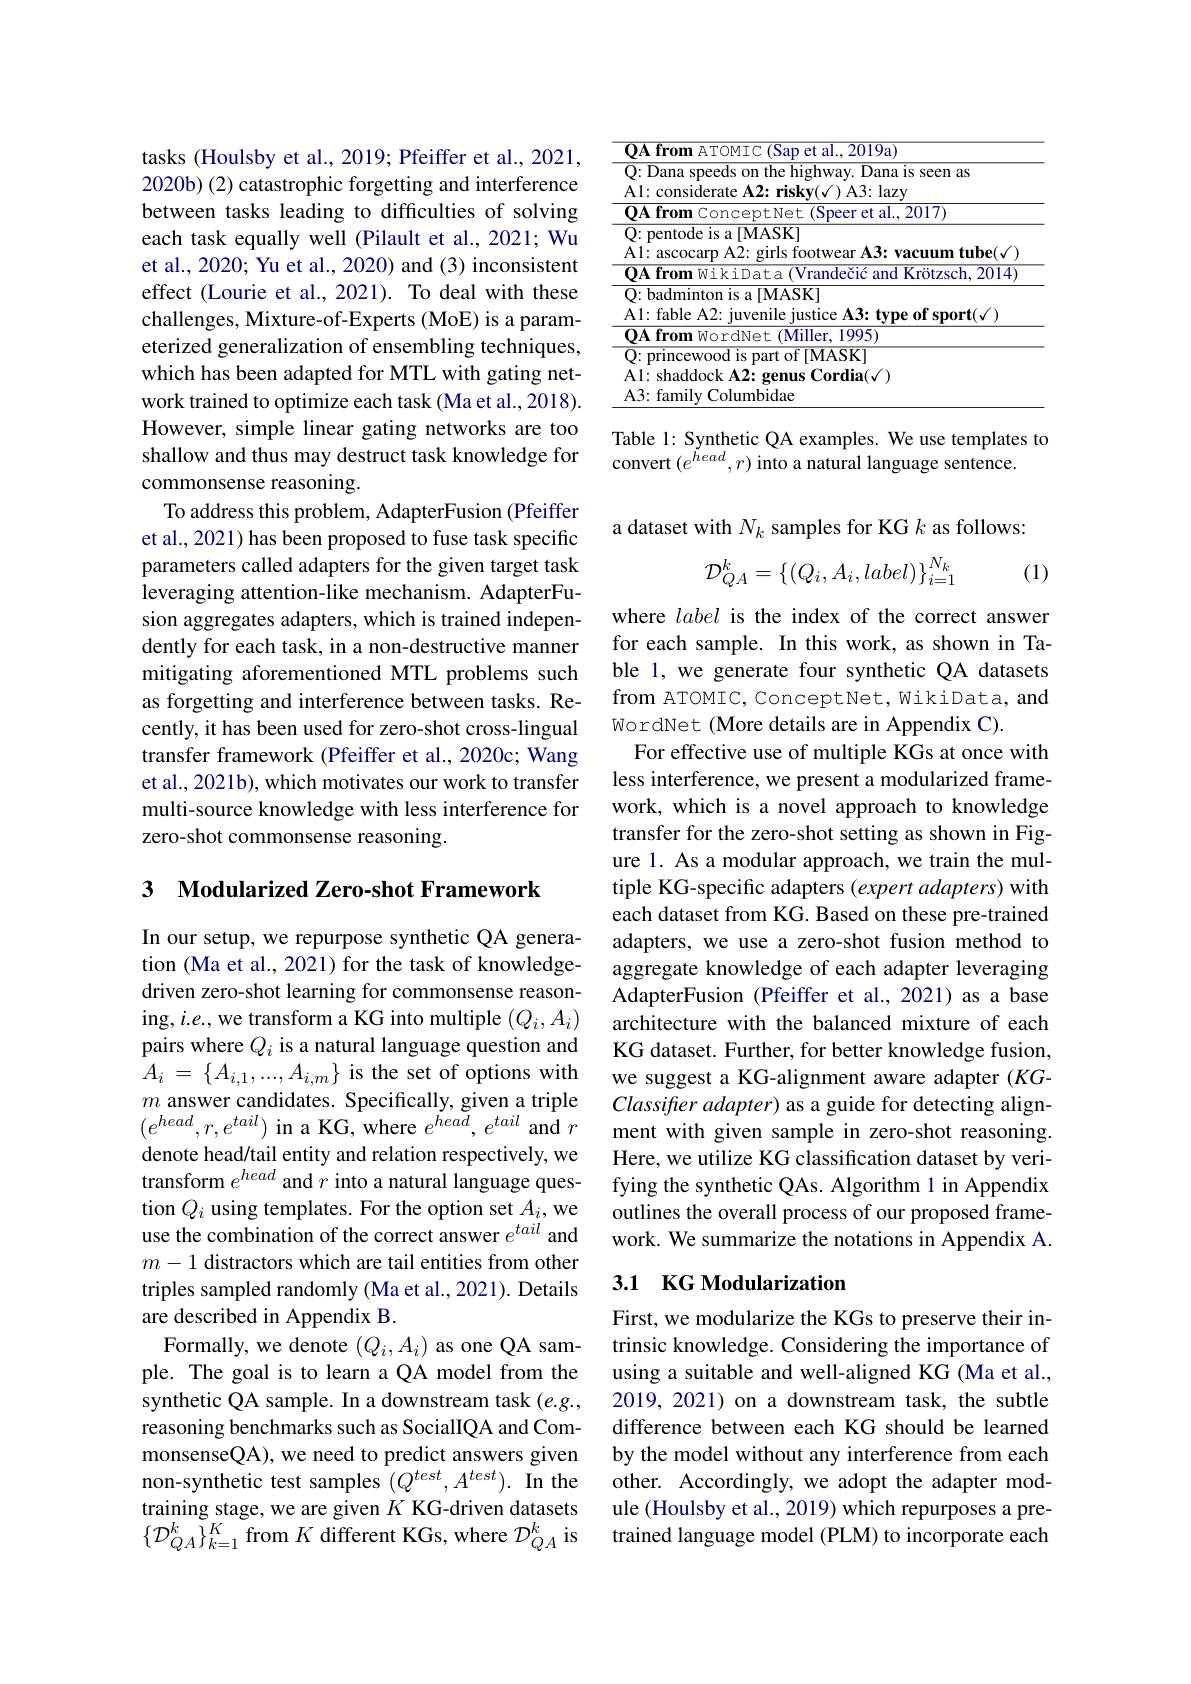
tasks (Houlsby et al., 2019; Pfeiffer et al., 2021, 2020b) (2) catastrophic forgetting and interference between tasks leading to difficulties of solving each task equally well (Pilault et al., 2021; Wu et al., 2020; Yu et al., 2020) and (3) inconsistent effect (Lourie et al., 2021). To deal with these challenges, Mixture-of-Experts (MoE) is a parameterized generalization of ensembling techniques, which has been adapted for MTL with gating network trained to optimize each task (Ma et al., 2018). However, simple linear gating networks are too shallow and thus may destruct task knowledge for commonsense reasoning.
To address this problem, AdapterFusion (Pfeiffer et al., 2021) has been proposed to fuse task specific parameters called adapters for the given target task leveraging attention-like mechanism. AdapterFusion aggregates adapters, which is trained independently for each task, in a non-destructive manner mitigating aforementioned MTL problems such as forgetting and interference between tasks. Recently, it has been used for zero-shot cross-lingual transfer framework (Pfeiffer et al., 2020c; Wang et al., 2021b), which motivates our work to transfer multi-source knowledge with less interference for zero-shot commonsense reasoning.

## 3 Modularized Zero-shot Framework

In our setup, we repurpose synthetic QA generation (Ma et al., 2021) for the task of knowledgedriven zero-shot learning for commonsense reasoning, $i.e.$, we transform a KG into multiple $(Q_i,A_i)$ pairs where $Q_i$ is a natural language question and $A_i$ = $\{ A_{i, 1}, . . . , A_{i, m}\}$ is the set of options with $m$ answer candidates. Specifically, given a triple $(e^{head},r,e^{tail})$ in a KG, where $e^head,e^{tail}$ and $r$ denote head/tail entity and relation respectively, we transform $e^head$ and $r$ into a natural language ques- $m-1$ distractors which are tail entities from other triples sampled randomly (Ma et al., 2021). Details are described in Appendix B.
Formally, we denote $(Q_i,A_i)$ as one QA sample. The goal is to learn a QA model from the synthetic QA sample. In a downstream task $(e.g.$, reasoning benchmarks such as SocialIQA and CommonsenseQA), we need to predict answers given non-synthetic test samples $(Q^{test},A^{test}).$ In the training stage, we are given $K$ KG-driven datasets $\{\mathcal{D}_{QA}^{k}\}_{k=1}^{K}$from $K$ different KGs, where $\mathcal{D}_QA^{k}$ is

<table>
	<tbody>
		<tr>
			<td> </td>
			<td>al. . 2019a) rom</td>
		</tr>
		<tr>
			<td> </td>
			<td>adminton is a[MASK] fable A2: iuvenile iustice A3: tvpe of sport(√)</td>
		</tr>
	</tbody>
</table>

Table 1: Synthetic QA examples. We use templates to
convert $(e^{head},r)$ into a natural language sentence.

a dataset with $N_k$ samples for KG $k$ as follows:
$$\mathcal{D}_{QA}^k=\{(Q_i,A_i,label)\}_{i=1}^{N_k}$$
(1)

where label is the index of the correct answer for each sample. In this work, as shown in Table 1, we generate four synthetic QA datasets from ATOMIC, ConceptNet, WikiData, and WordNet (More details are in Appendix C).
For effective use of multiple KGs at once with less interference, we present a modularized framework, which is a novel approach to knowledge transfer for the zero-shot setting as shown in Figure 1. As a modular approach, we train the multiple KG-specific adapters (expert adapters) with each dataset from KG. Based on these pre-trained adapters, we use a zero-shot fusion method to aggregate knowledge of each adapter leveraging AdapterFusion (Pfeiffer et al.,2021) as a base architecture with the balanced mixture of each KG dataset. Further, for better knowledge fusion, we suggest a KG-alignment aware adapter (KGClassifter adapter) as a guide for detecting alignment with given sample in zero-shot reasoning. Here, we utilize KG classification dataset by verifying the synthetic QAs. Algorithm 1 in Appendix
tion $Q_i$ using templates. For the option set

### 3.1 KG Modularization

First, we modularize the KGs to preserve their intrinsic knowledge. Considering the importance of using a suitable and well-aligned KG (Ma et al., 2019, 2021) on a downstream task, the subtle difference between each KG should be learned by the model without any interference from each other. Accordingly, we adopt the adapter module (Houlsby et al., 2019) which repurposes a pretrained language model (PLM) to incorporate each